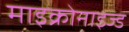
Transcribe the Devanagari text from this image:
माइक्रोनाइज्ड